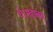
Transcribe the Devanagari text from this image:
थे।महात्मा